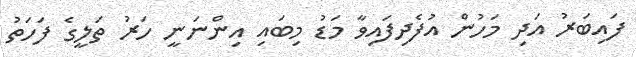
ފައިބަރު އަދި މަހުން އުފެދިފައިވާ މަޑު މިބައި އިންނަނީ ހަރު ތަލީގެ ފަހަތު